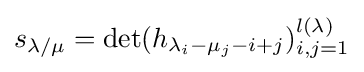
s_{\lambda /\mu }=\det(h_{\lambda _{i}-\mu _{j}-i+j})_{i,j=1}^{l(\lambda )}